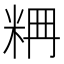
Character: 𥹣